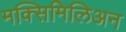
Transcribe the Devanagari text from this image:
मक्सिमिलिअन